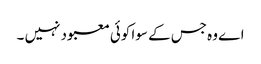
اے وہ جس کے سوا کوئی معبود نہیں ۔